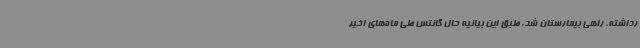
رداشته، راهی بیمارستان شد. طبق این بیانیه حال گانتس طی ماه‌های اخیر